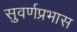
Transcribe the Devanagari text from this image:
सुवर्णप्रभास